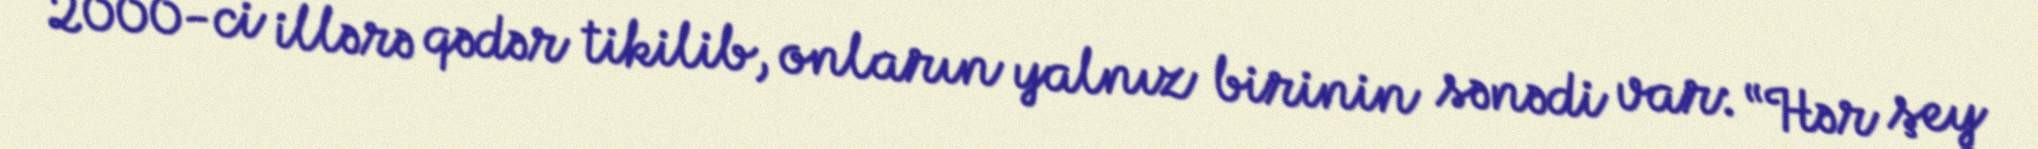
2000-ci illərə qədər tikilib, onların yalnız birinin sənədi var: “Hər şey